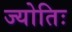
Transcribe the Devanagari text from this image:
ज्योतिः